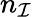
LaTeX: n_{\mathcal{I}}